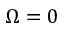
\Omega = 0